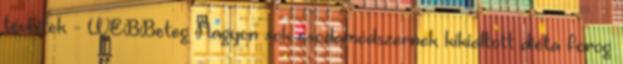
tévhitek - WEBBeteg Nagyon sok csodamódszernek kikiáltott diéta forog